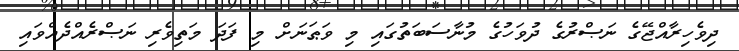
ދިވެހިރާއްޖޭގެ ނަޞްރުގެ ދުވަހުގެ މުނާސަބަތުގައި މި ވަޠަނަށް މި ފަދަ މަތިވެރި ނަޞްރެއްދެއްވައި